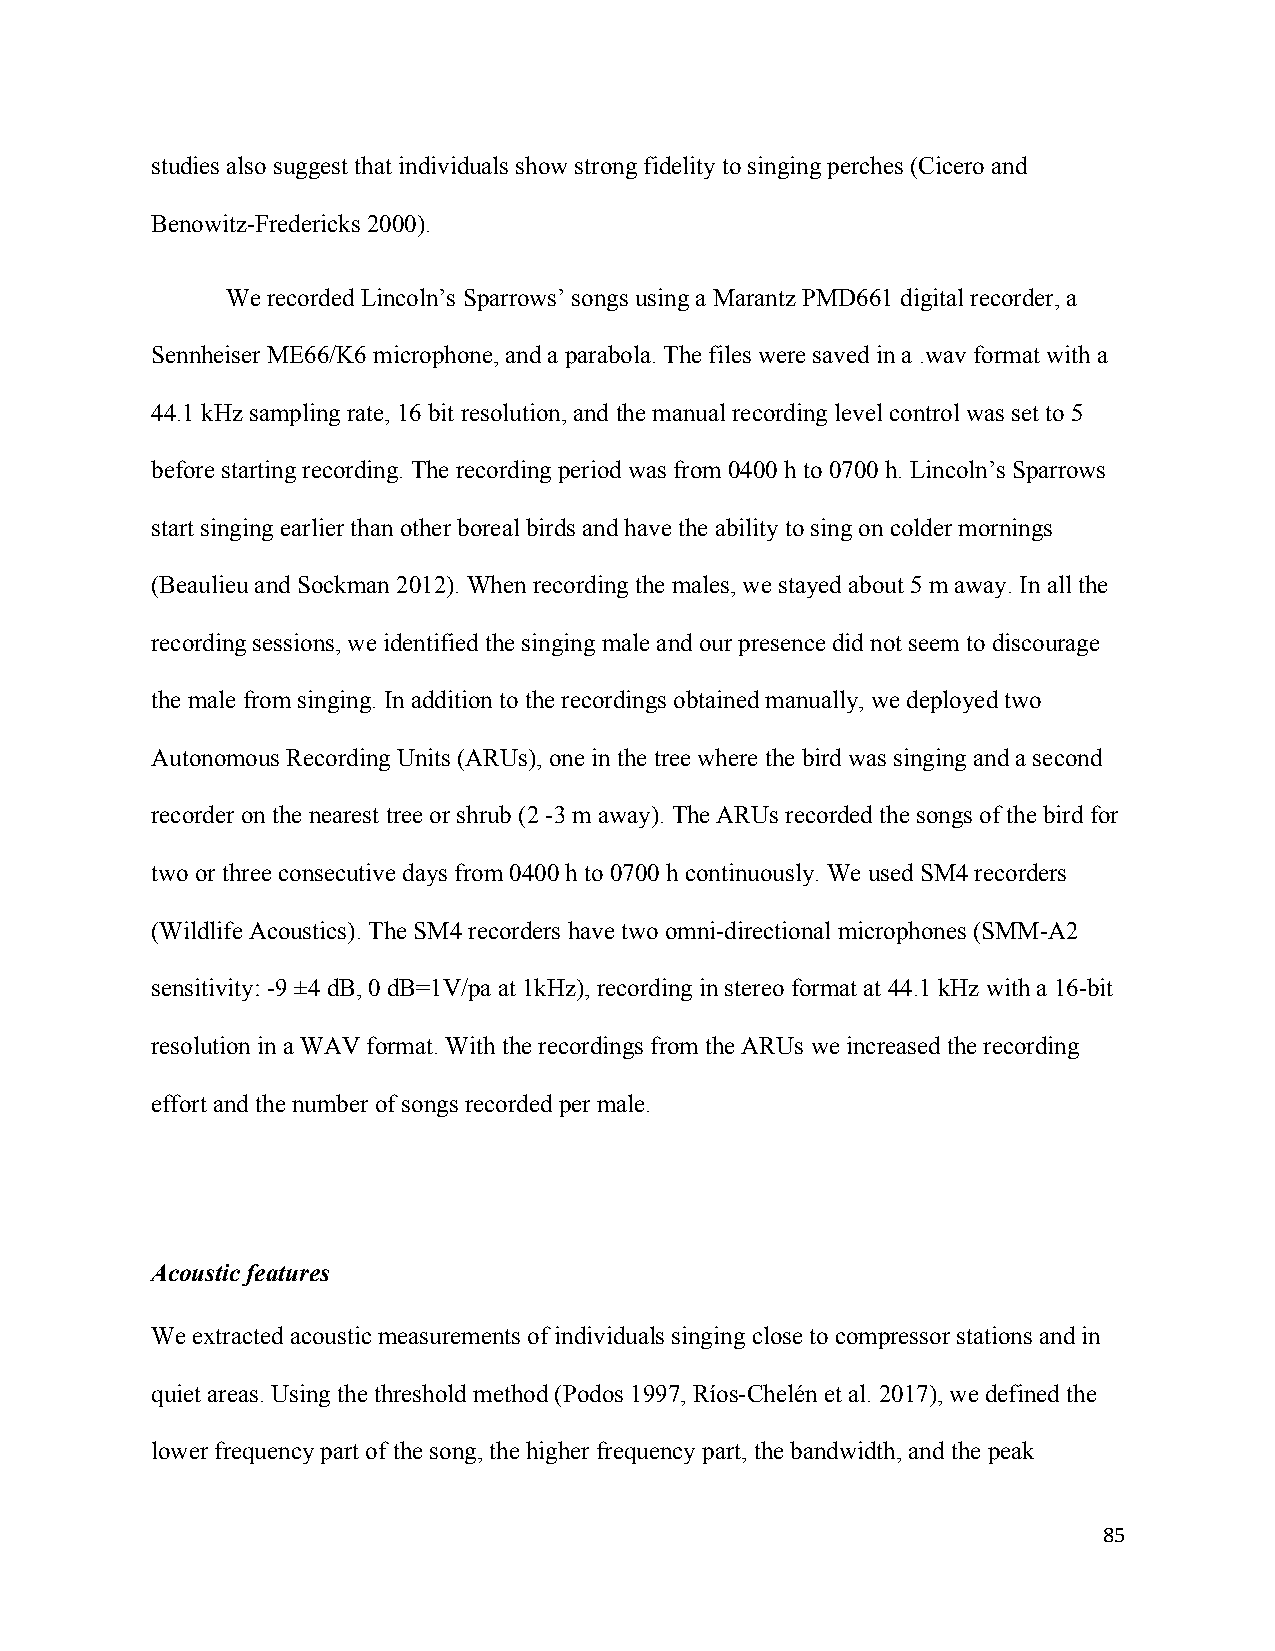
studies also suggest that individuals show strong fidelity to singing perches (Cicero and
 Benowitz-Fredericks 2000).
 We recorded Lincoln’s Sparrows’ songs using a Marantz PMD661 digital recorder, a
 Sennheiser ME66/K6 microphone, and a parabola. The files were saved in a .wav format with a
 44.1 kHz sampling rate, 16 bit resolution, and the manual recording level control was set to 5
 before starting recording. The recording period was from 0400 h to 0700 h. Lincoln’s Sparrows
 start singing earlier than other boreal birds and have the ability to sing on colder mornings
 (Beaulieu and Sockman 2012). When recording the males, we stayed about 5 m away. In all the
 recording sessions, we identified the singing male and our presence did not seem to discourage
 the male from singing. In addition to the recordings obtained manually, we deployed two
 Autonomous Recording Units (ARUs), one in the tree where the bird was singing and a second
 recorder on the nearest tree or shrub (2 -3 m away). The ARUs recorded the songs of the bird for
 two or three consecutive days from 0400 h to 0700 h continuously. We used SM4 recorders
 (Wildlife Acoustics). The SM4 recorders have two omni-directional microphones (SMM-A2
 sensitivity: -9 ±4 dB, 0 dB=1V/pa at 1kHz), recording in stereo format at 44.1 kHz with a 16-bit
 resolution in a WAV format. With the recordings from the ARUs we increased the recording
 effort and the number of songs recorded per male.
 Acoustic features
 We extracted acoustic measurements of individuals singing close to compressor stations and in
 quiet areas. Using the threshold method (Podos 1997, Ríos-Chelén et al. 2017), we defined the
 lower frequency part of the song, the higher frequency part, the bandwidth, and the peak
 85